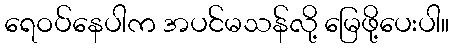
ရေဝပ်နေပါက အပင်မသန်လို့ မြေဖို့ပေးပါ။